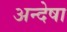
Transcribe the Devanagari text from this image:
अन्देषा